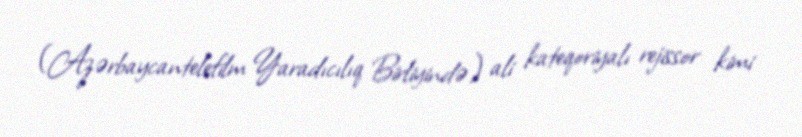
(Azərbaycantelefilm Yaradıcılıq Birliyində) ali kateqoriyalı rejissor kimi